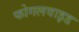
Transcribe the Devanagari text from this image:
फोगलवाइड